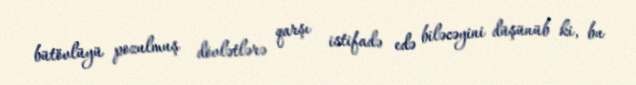
bütövlüyü pozulmuş dövlətlərə qarşı istifadə edə biləcəyini düşünüb ki, bu